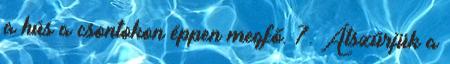
a hús a csontokon éppen megfő. 7. Átszűrjük a